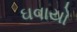
ઘવાયો